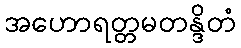
အဟောရတ္တမတန္ဒိတံ